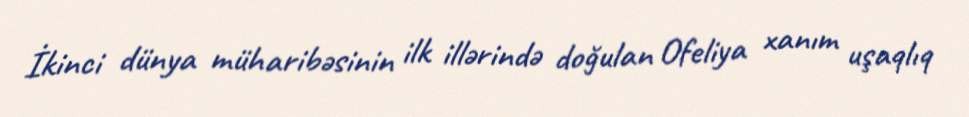
İkinci dünya müharibəsinin ilk illərində doğulan Ofeliya xanım uşaqlıq